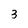
Character: 3